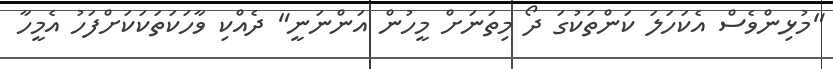
"މުޅިންވެސް އެކަހަލަ ކަންތަކުގަ ދޯ މިތަނަށް މީހުން އަންނަނީ" ދެއްކި ވާހަކަތަކަކަށްފަހު އެމީހާ